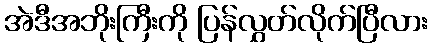
အဲဒီအဘိုးကြီးကို ပြန်လွှတ်လိုက်ပြီလား